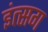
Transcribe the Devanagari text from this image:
इंत्सग